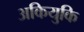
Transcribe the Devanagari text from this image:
अकियुकि